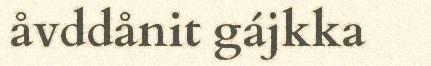
åvddånit gájkka